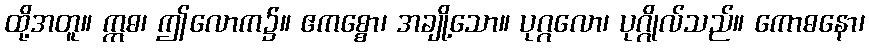
ထို့အတူ။ ဣဓ၊ ဤလောက၌။ ဧကစ္စော၊ အချို့သော။ ပုဂ္ဂလော၊ ပုဂ္ဂိုလ်သည်။ ကောဓနော၊